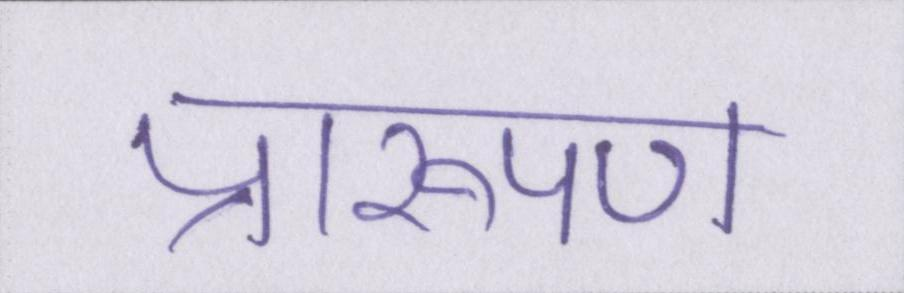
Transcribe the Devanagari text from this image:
प्रारूपण